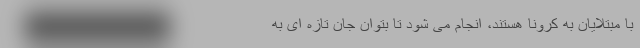
با مبتلایان به کرونا هستند، انجام می شود تا بتوان جان تازه ای به